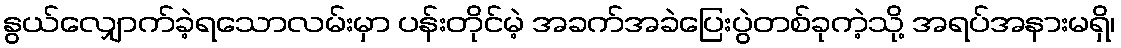
နွယ်လျှောက်ခဲ့ရသောလမ်းမှာ ပန်းတိုင်မဲ့ အခက်အခဲပြေးပွဲတစ်ခုကဲ့သို့ အရပ်အနားမရှိ၊